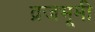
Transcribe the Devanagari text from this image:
व्रजभूमी